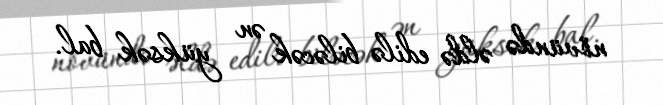
növündə əldə edilə biləcək ən yüksək bal.